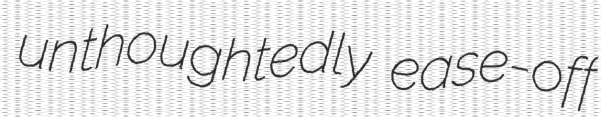
unthoughtedly ease-off